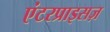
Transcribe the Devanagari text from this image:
एंटरप्राइसज़